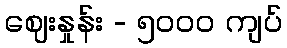
ဈေးနှုန်း - ၅၀၀၀ ကျပ်